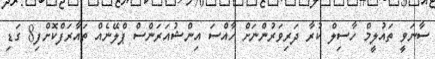
ސާނަވީ ތައުލީމް ހާސިލް ކުރާ ދަރިވަރުންނަށް ހާއްސަ އިންޝުއަރަންސް ޕްލޭނެއް ތައާރަފްކޮށްފި8 ގަޑި